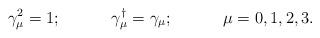
LaTeX: \begin{align*}\gamma_{\mu}^{2}=1; \hspace{0.5in} \gamma_{\mu}^{\dag}=\gamma_{\mu}; \hspace{0.5in} \mu=0,1,2,3.\end{align*}